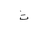
Letter: _tha